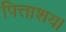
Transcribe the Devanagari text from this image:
पित्ताशय।